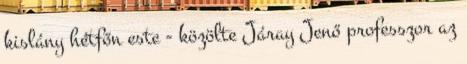
kislány hétfőn este - közölte Járay Jenő professzor az